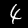
Digit: 4